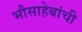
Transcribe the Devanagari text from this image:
भौसाहेबांची